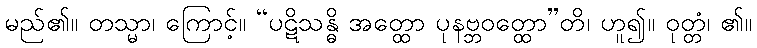
မည်၏။ တသ္မာ၊ ကြောင့်။ “ပဋိသန္ဓိ အတ္ထော ပုနဗ္ဘဝတ္ထော”တိ၊ ဟူ၍။ ဝုတ္တံ၊ ၏။